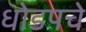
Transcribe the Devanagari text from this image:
धोडपचे